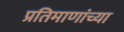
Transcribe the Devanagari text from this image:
प्रतिमाणांच्या